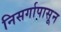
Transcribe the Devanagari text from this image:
निसर्गापासून